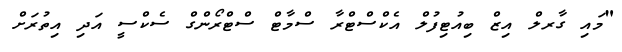
"މައި ގާރލް އިޒް ބިއުޓިފުލް އެކްސްޓްރާ ސްމާޓް ސްޓްރޯންގް ސެކްސީ އަދި އިތުރަށް